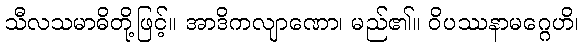
သီလသမာဓိတို့ဖြင့်။ အာဒိကလျာဏော၊ မည်၏။ ဝိပဿနာမဂ္ဂေဟိ၊